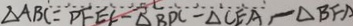
\Delta A B C = D F E F - \Delta B D C - \Delta C E A , - \Delta B F A